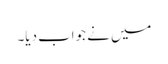
میں نے جواب دیا۔